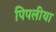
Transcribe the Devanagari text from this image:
पिपलीया